Indian journal of veterinary science and animal husbandry - Volumes 24-25, 1954-1955
Year: 1954
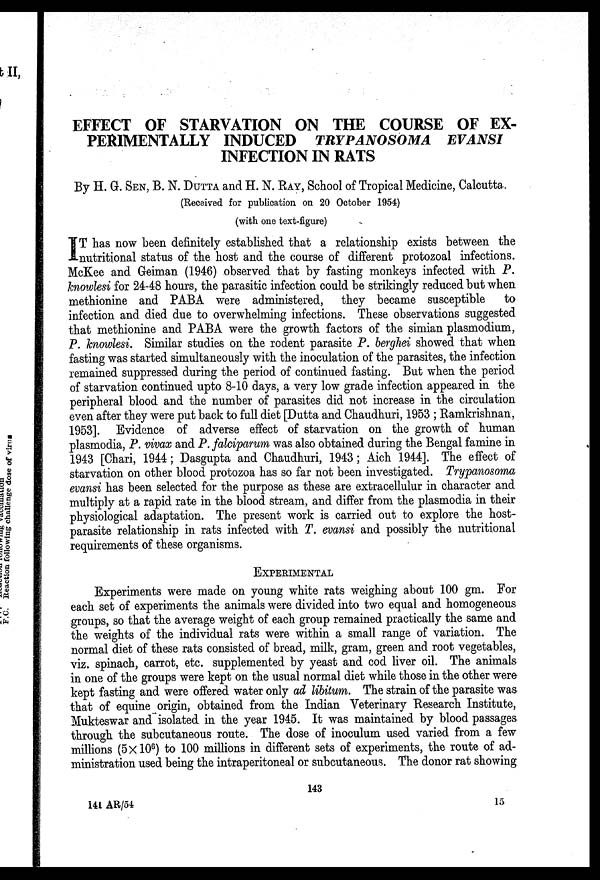
EFFECT OF STARVATION ON THE COURSE OF EX-
PERIMENTALLY INDUCED TRYPANOSOMA EVANSI
INFECTION IN RATS
By H. G. SEN, B. N. DUTTA and H. N. RAY, School of Tropical Medicine, Calcutta
(Received for publication on 20 October 1954)
(with one text-figure)
I T has now been definitely established that a relationship exists between the
nutritional status of the host and the course of different protozoal infections.
McKee and Geiman (1946) observed that by fasting monkeys infected with P.
knowlesi for 24-48 hours, the parasitic infection could be strikingly reduced but when
methionine and PABA were administered, they became susceptible to
infection and died due to overwhelming infections. These observations suggested
that methionine and PABA were the growth factors of the simian plasmodium,
P. knowlesi. Similar studies on the rodent parasite P. berghei showed that when
fasting was started simultaneously with the inoculation of the parasites, the infection
remained suppressed during the period of continued fasting. But when the period
of starvation continued upto 8-10 days, a very low grade infection appeared in the
peripheral blood and the number of parasites did not increase in the circulation
even after they were put back to full diet [Dutta and Chaudhuri, 1953 ; Ramkrishnan,
1953]. Evidence of adverse effect of starvation on the growth of human
plasmodia, P. vivax and P. falciparum was also obtained during the Bengal famine in
1943 [Chari, 1944; Dasgupta and Chaudhuri, 1943 ; Aich 1944]. The effect of
starvation on other blood protozoa has so far not been investigated. Trypanosoma
evansi has been selected for the purpose as these are extracellulur in character and
multiply at a rapid rate in the blood stream, and differ from the plasmodia in their
physiological adaptation. The present work is carried out to explore the host-
parasite relationship in rats infected with T. evansi and possibly the nutritional
requirements of these organisms.
EXPERIMENTAL
Experiments were made on young white rats weighing about 100 gm. For
each set of experiments the animals were divided into two equal and homogeneous
groups, so that the average weight of each group remained practically the same and
the weights of the individual rats were within a small range of variation. The
normal diet of these rats consisted of bread, milk, gram, green and root vegetables,
viz. spinach, carrot, etc. supplemented by yeast and cod liver oil. The animals
in one of the groups were kept on the usual normal diet while those in the other were
kept fasting and were offered water only ad libitum. The strain of the parasite was
that of equine origin, obtained from the Indian Veterinary Research Institute,
Mukteswar and isolated in the year 1945. It was maintained by blood passages
through the subcutaneous route. The dose of inoculum used varied from a few
millions (5×10 6 ) to 100 millions in different sets of experiments, the route of ad-
ministration used being the intraperitoneal or subcutaneous. The donor rat showing
143
141 AR/54
15